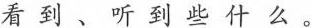
看到、听到些什么。